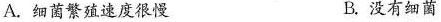
A.细菌繁殖速度很慢 B.没有细菌